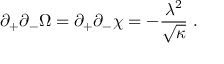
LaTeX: \partial _ { + } \partial _ { - } \Omega = \partial _ { + } \partial _ { - } \chi = - \frac { \lambda ^ { 2 } } { \sqrt { \kappa } } \; .